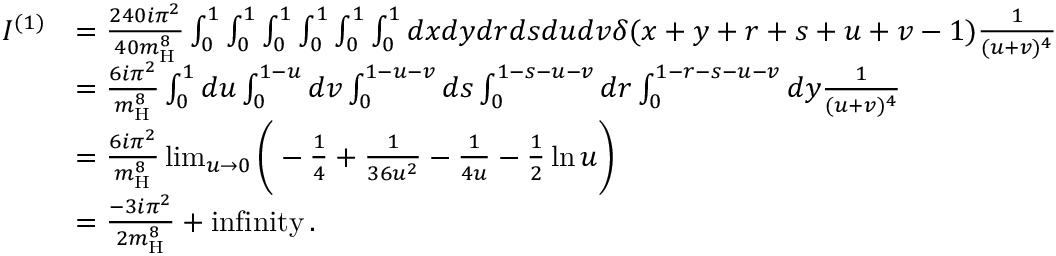
\begin{array} { r l } { I ^ { ( 1 ) } } & { = \frac { 2 4 0 i \pi ^ { 2 } } { 4 0 m _ { \mathrm { H } } ^ { 8 } } \int _ { 0 } ^ { 1 } \int _ { 0 } ^ { 1 } \int _ { 0 } ^ { 1 } \int _ { 0 } ^ { 1 } \int _ { 0 } ^ { 1 } \int _ { 0 } ^ { 1 } d x d y d r d s d u d v \delta ( x + y + r + s + u + v - 1 ) \frac { 1 } { ( u + v ) ^ { 4 } } } \\ & { = \frac { 6 i \pi ^ { 2 } } { m _ { \mathrm { H } } ^ { 8 } } \int _ { 0 } ^ { 1 } d u \int _ { 0 } ^ { 1 - u } d v \int _ { 0 } ^ { 1 - u - v } d s \int _ { 0 } ^ { 1 - s - u - v } d r \int _ { 0 } ^ { 1 - r - s - u - v } d y \frac { 1 } { ( u + v ) ^ { 4 } } } \\ & { = \frac { 6 i \pi ^ { 2 } } { m _ { \mathrm { H } } ^ { 8 } } \operatorname* { l i m } _ { u \rightarrow 0 } \bigg ( - \frac { 1 } { 4 } + \frac { 1 } { 3 6 u ^ { 2 } } - \frac { 1 } { 4 u } - \frac { 1 } { 2 } \ln u \bigg ) } \\ & { = \frac { - 3 i \pi ^ { 2 } } { 2 m _ { \mathrm { H } } ^ { 8 } } + \mathrm { i n f i n i t y } \, . } \end{array}